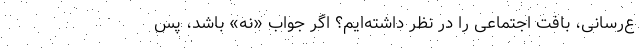
ع‌رسانی، بافت اجتماعی را در نظر داشته‌ایم؟ اگر جواب «نه» باشد، پس